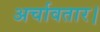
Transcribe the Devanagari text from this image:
अर्चावतार।